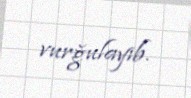
vurğulayıb.